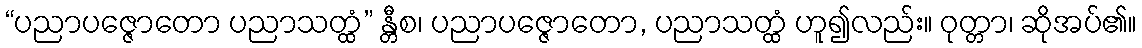
“ပညာပဇ္ဇောတော ပညာသတ္ထံ” န္တီစ၊ ပညာပဇ္ဇောတော, ပညာသတ္ထံ ဟူ၍လည်း။ ဝုတ္တာ၊ ဆိုအပ်၏။